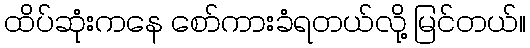
ထိပ်ဆုံးကနေ စော်ကားခံရတယ်လို့ မြင်တယ်။